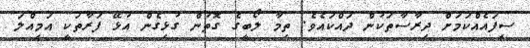
ސިފައެއްކަމަށް ދިރާސާތަކުން ދައްކައެވެ. ތިމާ ލޯބީގެ ގޮތުން ގުޅިގެން އުޅޭ ފަރާތަކީ އަމިއްލަ